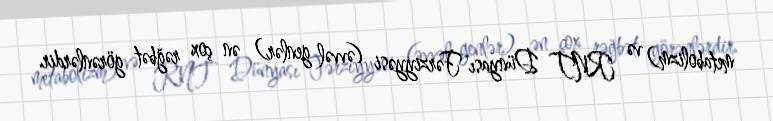
metabolizm) və RNT Dünyası Fərziyyəsi (əvvəl genlər) ən çox rəğbət görənlərdir.